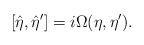
LaTeX: \begin{align*}[\hat{\eta},\hat{\eta}']=i\Omega(\eta,\eta').\end{align*}